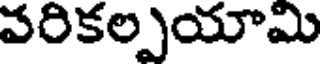
వరికల్పయామి